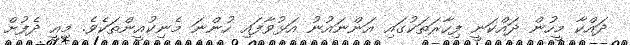
ދައްކާ މީހުން ދައްކަނީ ފިހާރަތަކުގައި އަންނައުނު އަޅުވާފައި ހުންނަ މެނިކުއީންތަކެވެ. މިއީ ދެފުށް